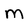
Character: M